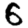
Digit: 6